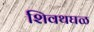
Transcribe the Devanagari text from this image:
शिवथघळ